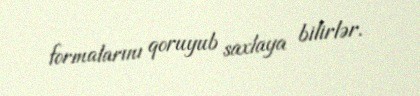
formalarını qoruyub saxlaya bilirlər.